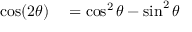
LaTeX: \begin{array} { r l } { \cos ( 2 \theta ) } & { { } = \cos ^ { 2 } \theta - \sin ^ { 2 } \theta } \end{array}